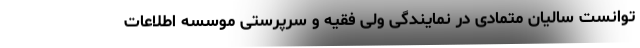
توانست سالیان متمادی در نمایندگی ولی فقیه و سرپرستی موسسه اطلاعات